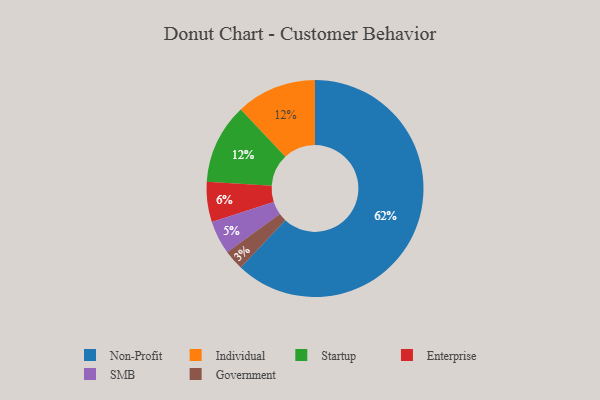
{"axis": {"x": "Category", "y": "Percentage"}, "legend": ["Enterprise", "Government", "Individual", "Non-Profit", "SMB", "Startup"], "data": [{"x": "Non-Profit", "y": 62, "type": "Non-Profit"}, {"x": "Individual", "y": 12, "type": "Individual"}, {"x": "SMB", "y": 5, "type": "SMB"}, {"x": "Government", "y": 3, "type": "Government"}, {"x": "Enterprise", "y": 6, "type": "Enterprise"}, {"x": "Startup", "y": 12, "type": "Startup"}]}